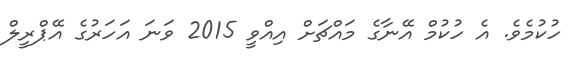
ހުކުމެވެ. އެ ހުކުމް އޭނާގެ މައްޗަށް އިއްވީ 2015 ވަަނަ އަހަރުގެ އޭޕްރީލް